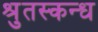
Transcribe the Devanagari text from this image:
श्रुतस्कन्ध